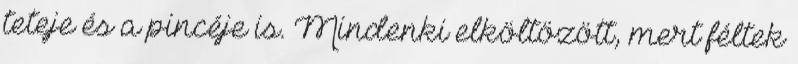
teteje és a pincéje is. Mindenki elköltözött, mert féltek